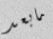
مابعد